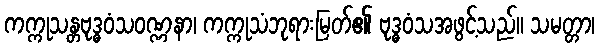
ကက္ကုသန္တဗုဒ္ဓဝံသဝဏ္ဏနာ၊ ကက္ကုသံဘုရားမြတ်၏ ဗုဒ္ဓဝံသအဖွင့်သည်။ သမတ္တာ၊